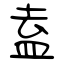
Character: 盍